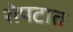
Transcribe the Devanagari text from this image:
शेपटात